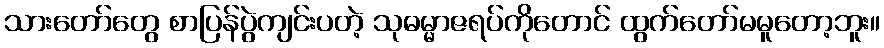
သားတော်တွေ စာပြန်ပွဲကျင်းပတဲ့ သုဓမ္မာဇရပ်ကိုတောင် ထွက်တော်မမူတော့ဘူး။